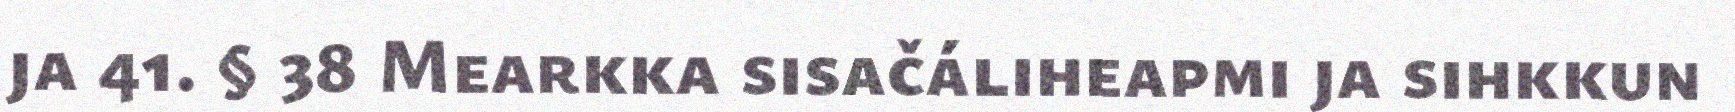
ja 41. § 38 Mearkka sisačáliheapmi ja sihkkun